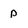
Character: p